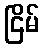
ငြိမ်